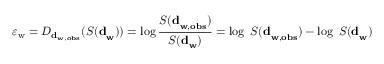
\varepsilon _ { \mathrm { w } } = D _ { \mathbf { d } _ { \mathbf { w } , \mathbf { o b s } } } ( { S ( \mathbf { d } } _ { \mathbf { w } } ) ) = \log \frac { { S ( \mathbf { d } } _ { \mathbf { w } , \mathbf { o b s } } ) } { { S ( \mathbf { d } } _ { \mathbf { w } } ) } = \log { \ S ( \mathbf { d } } _ { \mathbf { w } , \mathbf { o b s } } ) - \log \ { S ( \mathbf { d } } _ { \mathbf { w } } ) \